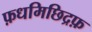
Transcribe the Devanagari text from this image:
फ़धमिछिद्रफ़